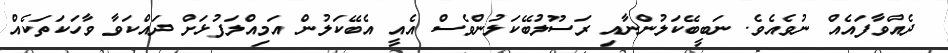
ދެއްވާފައެއް ނުވެއެވެ. ނަބީބޭކަލުންނާއި ރަސޫލުބޭކަލުންވެސް އެއީ އެބޭކަލުން އަމިއްލަފުޅަށް ދައްކަވާ ވާހަކަތަކެއް